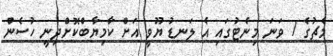
މެޗުގެ 7 ވަަނަ މިނެޓުގައި އެ ލަނޑު ޔޫވީ އަށް ކާމިޔާބްކޮށްދިނީ ހުސެން